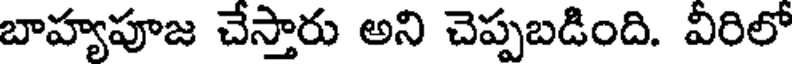
బాహ్యపూజ చేస్తారు అని చెప్పబడింది. వీరిలో